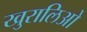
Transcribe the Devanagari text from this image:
खुरालिओ